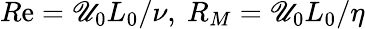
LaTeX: R\mathrm{e}=\mathscr{U}_{0}L_{0}/\nu,\ R_{M}=\mathscr{U}_{0}L_{0}/\eta